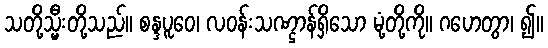
သတို့သ္မီးတို့သည်။ စန္ဒပူဝေ၊ လဝန်းသဏ္ဌာန်ရှိသော မုံ့တို့ကို။ ဂဟေတွာ၊ ၍။